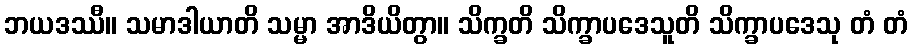
ဘယဒဿီ။ သမာဒါယာတိ သမ္မာ အာဒိယိတွာ။ သိက္ခတိ သိက္ခာပဒေသူတိ သိက္ခာပဒေသု တံ တံ